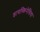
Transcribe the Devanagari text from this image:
डायस्किनेसिया